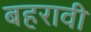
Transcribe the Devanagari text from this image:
बहरावी